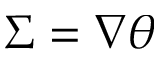
\Sigma = \nabla \theta